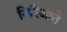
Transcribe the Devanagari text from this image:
निरिजाने